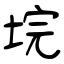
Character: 垸